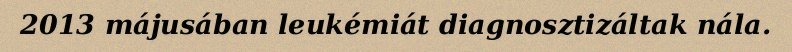
2013 májusában leukémiát diagnosztizáltak nála.